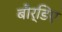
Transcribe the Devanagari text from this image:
बौर्डिए